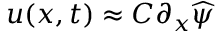
u ( x , t ) \approx C \partial _ { x } \widehat { \psi }